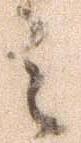
之